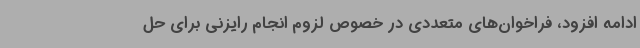
ادامه افزود، فراخوان‌های متعددی در خصوص لزوم انجام رایزنی برای حل